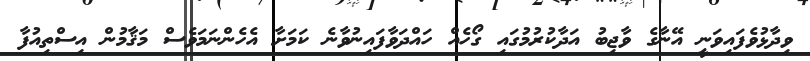
ވިދާޅުވެފައިވަނީ އޭނާގެ ވާޖިބު އަދާކުރުމުގައި ގޯހެއް ހައްދަވާފައިނުވާނެ ކަމަށާ އެހެންނަމަވެސް މަޤާމުން އިސްތިއުފާ